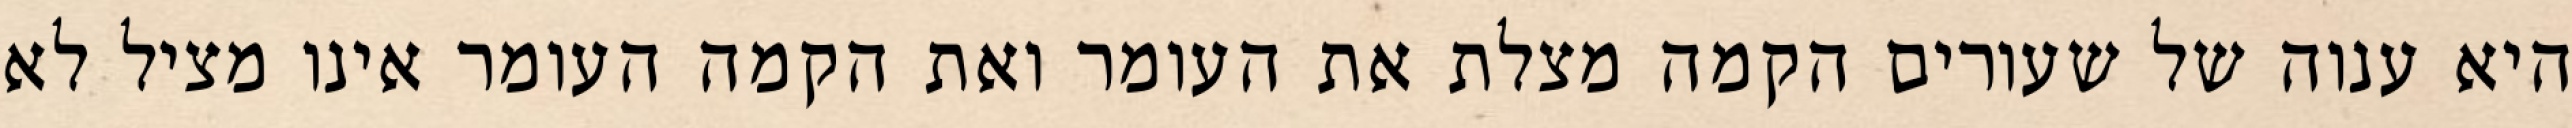
היא ענוה של שעורים הקמה מצלת את העומר ואת הקמה העומר אינו מציל לא